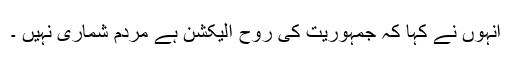
انہوں نے کہا کہ جمہوریت کی روح الیکشن ہے مردم شماری نہیں ۔